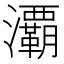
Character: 㶚